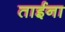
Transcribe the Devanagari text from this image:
ताईना